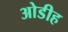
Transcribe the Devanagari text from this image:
ओडीह